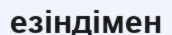
езіндімен